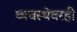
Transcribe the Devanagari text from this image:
व्यवस्थेवरही